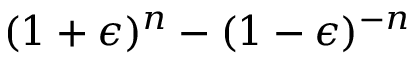
( 1 + \epsilon ) ^ { n } - ( 1 - \epsilon ) ^ { - n }